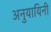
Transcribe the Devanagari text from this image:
अनुयायिनी